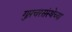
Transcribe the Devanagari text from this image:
गुप्तचरसंस्थेच्या